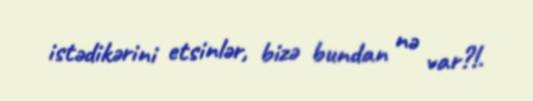
istədikərini etsinlər, bizə bundan nə var?!.